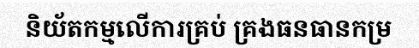
និយ័តកម្មលើការគ្រប់ គ្រងធនធានកម្រ